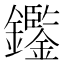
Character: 𨯿